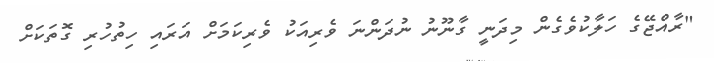
"ރާއްޖޭގެ ހަލާކުވެގެން މިދަނީ ގާނޫނު ނުދަންނަ ވެރިއަކު ވެރިކަމަށް އަރައި ހިތުހުރި ގޮތަކަށް